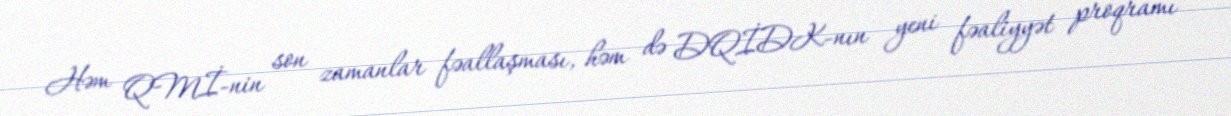
Həm QMİ-nin son zamanlar fəallaşması, həm də DQİDK-nın yeni fəaliyyət proqramı